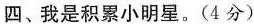
四、我是积累小明星。(4分)